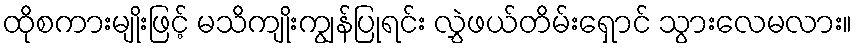
ထိုစကားမျိုးဖြင့် မသိကျိုးကျွန်ပြုရင်း လွှဲဖယ်တိမ်းရှောင် သွားလေမလား။